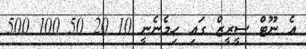
އެ ނޫޓް ސީރީޒް ގައި ހިމެނެނީ 10 20 50 100 500